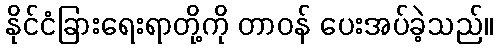
နိုင်ငံခြားရေးရာတို့ကို တာဝန် ပေးအပ်ခဲ့သည်။